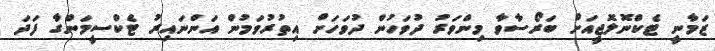
ޒަމާނީ ޓެކްނޮލޮޖީއަށް ބަރޯސާވާ މިންވަރު ދުވަހުން ދުވަހަށް އިތުރުވަމުން އަންނައިރު ޓެކްސީމަންގާ ފަދަ